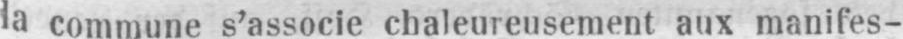
la commune s’associe chaleureusement aux manifes-